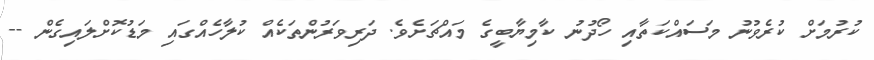
ކުރުމަށް ކުރެވުނު މަސައްކަތާއި ހޯދުނު ކާމިޔާބީގެ މައްޗަށެވެ. ދަރިވަރުންތަކެއް ކުލާހެއްގައި މަޑުކޮށްލައިގެން --